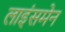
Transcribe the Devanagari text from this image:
लाइंसमेन